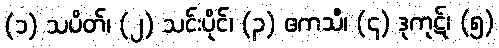
(၁) သပိတ်၊ (၂) သင်းပိုင်၊ (၃) ဧကသီ၊ (၄) ဒုကုဋ်၊ (၅)